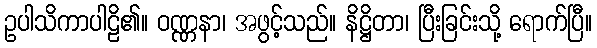
ဥပါသိကာပါဠိ၏။ ဝဏ္ဏနာ၊ အဖွင့်သည်။ နိဋ္ဌိတာ၊ ပြီးခြင်းသို့ ရောက်ပြီ။